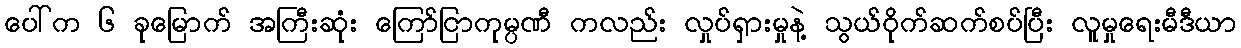
ပေါ်က ၆ ခုမြောက် အကြီးဆုံး ကြော်ငြာကုမ္ပဏီ ကလည်း လှုပ်ရှားမှုနဲ့ သွယ်ဝိုက်ဆက်စပ်ပြီး လူမှုရေးမီဒီယာ